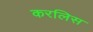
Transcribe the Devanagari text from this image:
करलिस